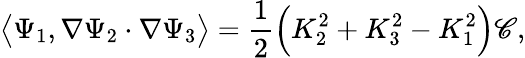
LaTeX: \big\langle\Psi_{1},\nabla\Psi_{2}\cdot\nabla\Psi_{3}\big\rangle=\frac{1}{2}\Big(K_{2}^{2}+K_{3}^{2}-K_{1}^{2}\Big)\mathscr{C},